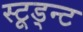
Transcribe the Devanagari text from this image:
स्टूड्न्ट